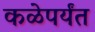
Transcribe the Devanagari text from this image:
कळेपर्यंत